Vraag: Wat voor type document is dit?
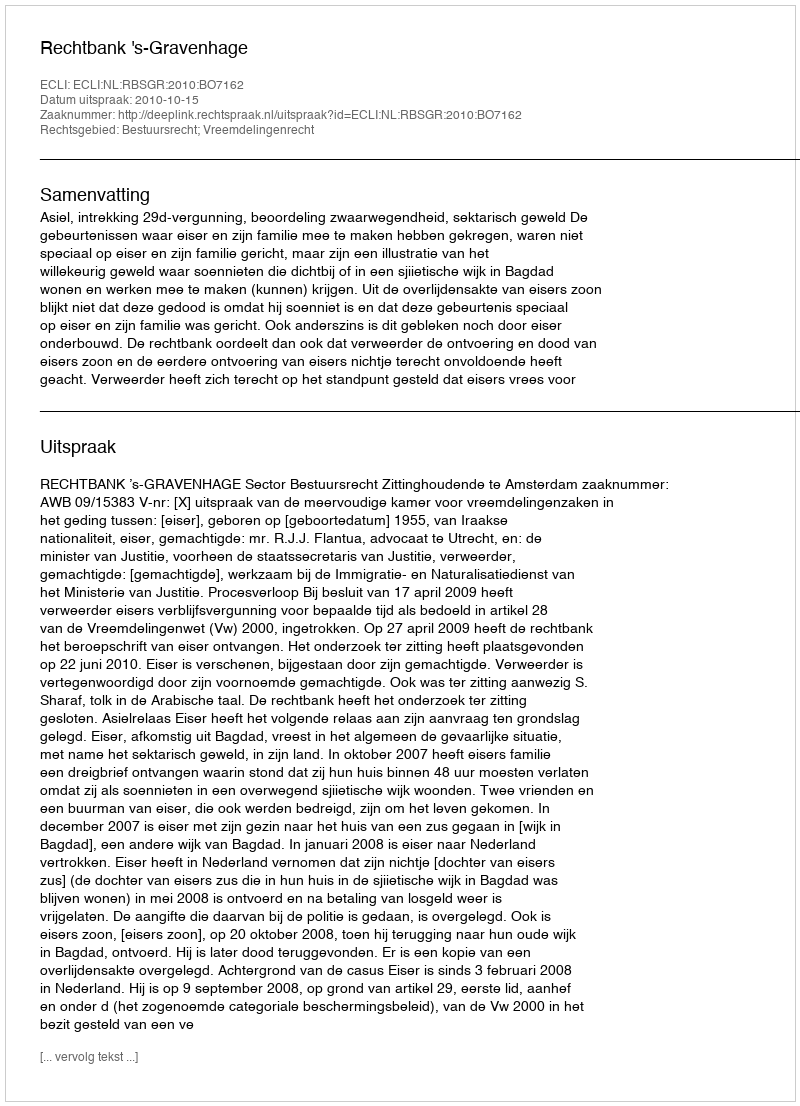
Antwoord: Uitspraak